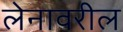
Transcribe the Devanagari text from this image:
लेनावरील